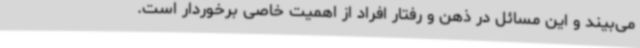
می‌بیند و این مسائل در ذهن و رفتار افراد از اهمیت خاصی برخوردار است.